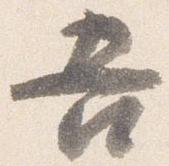
吾